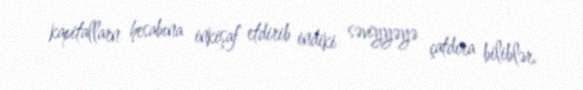
kapitallarn hesabına inkişaf etdirib indiki səviyyəyə çatdıra biliblər.